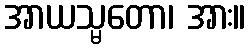
အာယသ္မတော၊ အား။